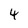
Character: 4